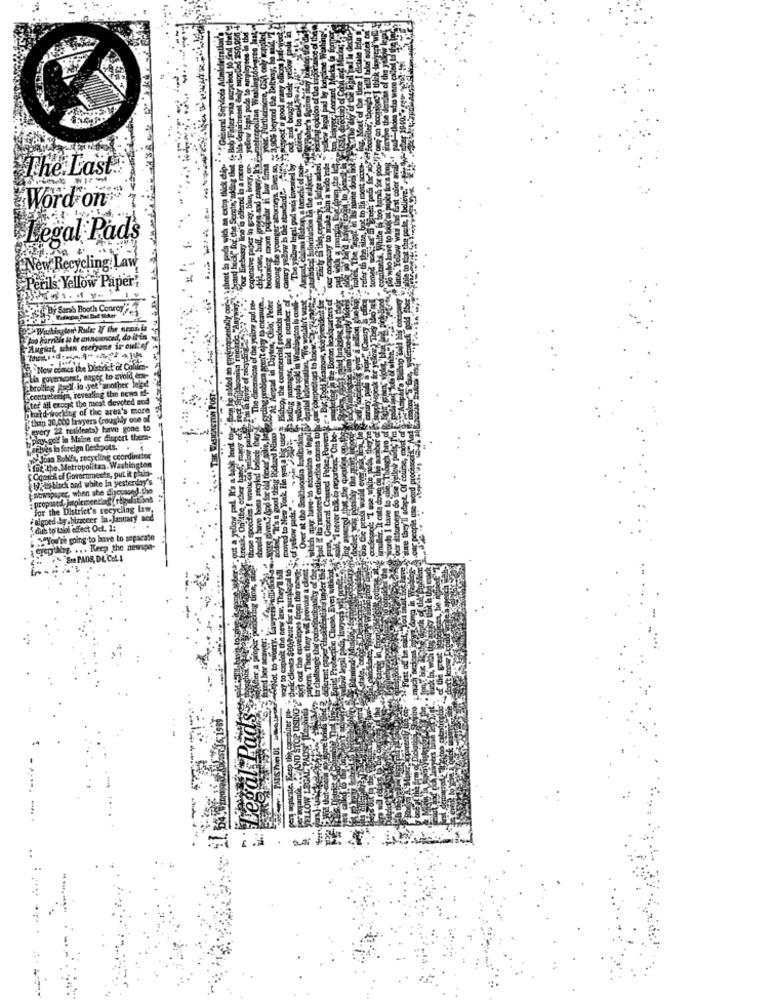
The Last.
Word on
Legal Pad
New Recycling: Law
Perils. Yellow Paper!
Connor';
Tter all except the mest devoted sod
contreterim, reve
hard-working of the area's more
"than 30,000 farvyers (roughly one
"every 22 residents) harve gone to
play golf in Maine cc disport ther
selves in foreign Deshipols.